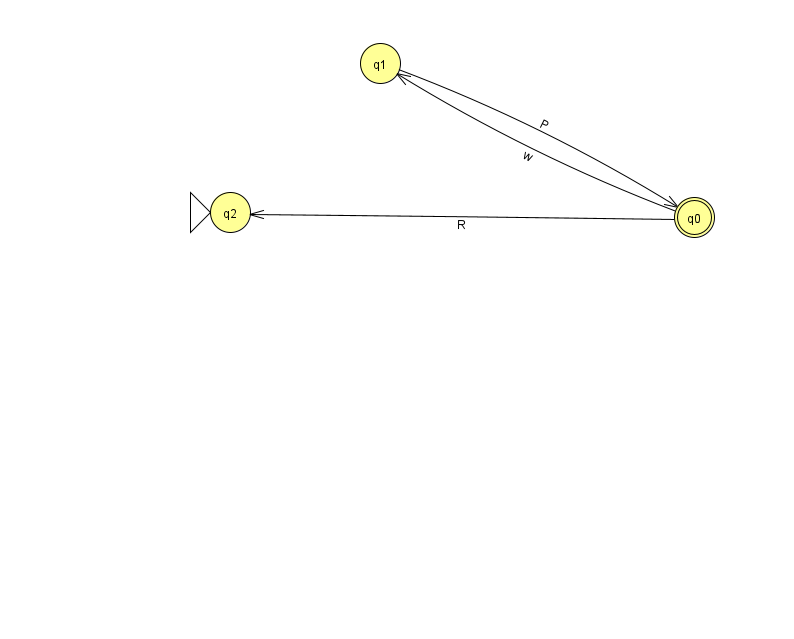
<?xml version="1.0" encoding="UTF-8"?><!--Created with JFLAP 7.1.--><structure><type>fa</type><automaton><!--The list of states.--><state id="0" name="q0"><x>694.0</x><y>204.0</y><final/></state><state id="1" name="q1"><x>380.0</x><y>50.0</y></state><state id="2" name="q2"><x>230.0</x><y>199.0</y><initial/></state><!--The list of transitions.--><transition><from>0</from><to>1</to><read>w</read></transition><transition><from>1</from><to>0</to><read>P</read></transition><transition><from>0</from><to>2</to><read>R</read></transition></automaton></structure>